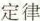
定律